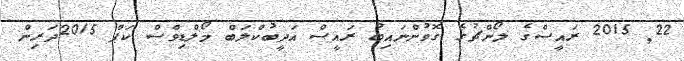
22